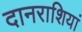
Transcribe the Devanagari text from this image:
दानराशियां